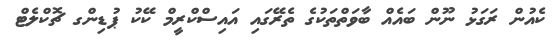
ކެއުން ރަގަޅު ނޫން ބައެއް ބާވަތްތަކުގެ ތެރޭގައި އައިސްކްރީމް ކޭކު ޕުޑިންގ ޗޮކްލެޓް